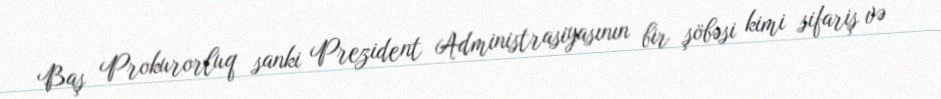
Baş Prokurorluq sanki Prezident Administrasiyasının bir şöbəsi kimi sifariş və